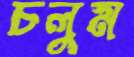
চলুম